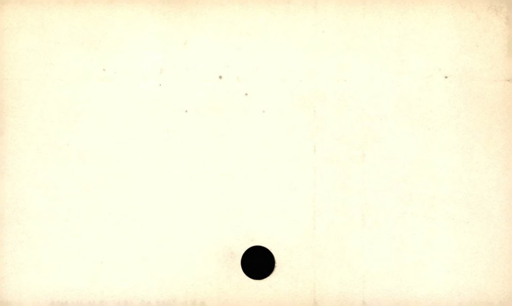
Label: blank